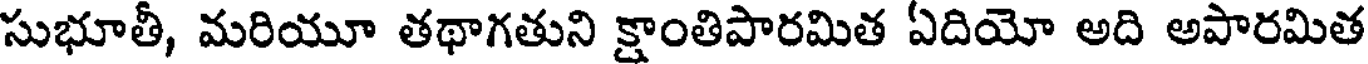
సుభూతీ, మరియూ తథాగతుని క్షాంతిపారమిత ఏదియో అది అపారమిత